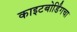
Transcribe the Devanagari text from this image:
काइटबोर्डिंगचा